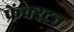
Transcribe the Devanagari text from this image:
फ्रेंक्स्टन